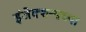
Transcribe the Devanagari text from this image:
इंजेक्शन्सच्या